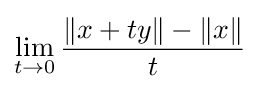
\lim _{t\to 0}{\frac {\|x+ty\|-\|x\|}{t}}